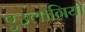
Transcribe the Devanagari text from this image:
एउलोगियो